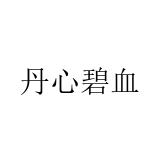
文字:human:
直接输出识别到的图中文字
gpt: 丹心碧血